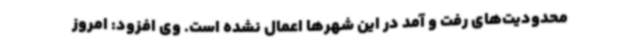
محدودیت‌های رفت و آمد در این شهرها اعمال نشده است. وی افزود: امروز